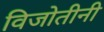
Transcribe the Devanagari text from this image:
विजोतीनी